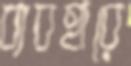
ব্যবহারে